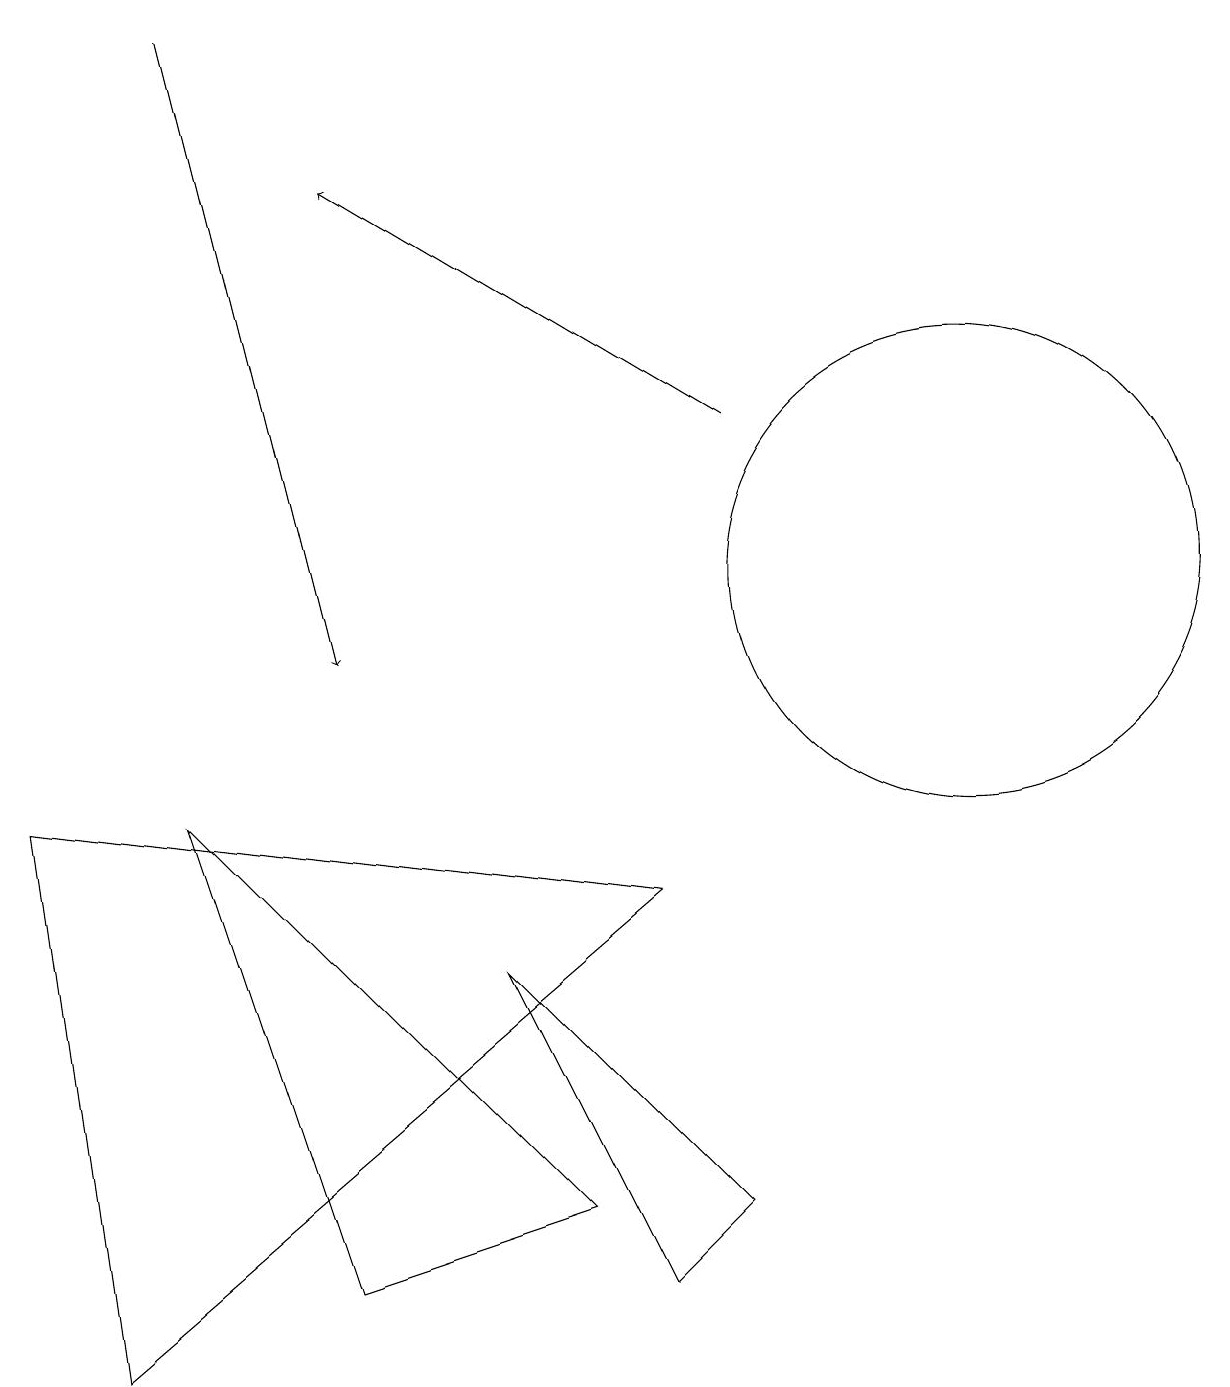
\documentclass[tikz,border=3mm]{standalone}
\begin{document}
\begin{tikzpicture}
\draw[->] (9,13) -- (4,16);
\draw[->] (2,18) -- (4,10);
\draw (8,2) -- (9,3) -- (6,6) -- cycle;
\draw (0,8) -- (1,1) -- (8,7) -- cycle;
\draw (4,14) rectangle (4,14);
\draw (12,11) circle (3);
\draw (7,3) -- (2,8) -- (4,2) -- cycle;
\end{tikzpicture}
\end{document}